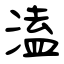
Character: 溘